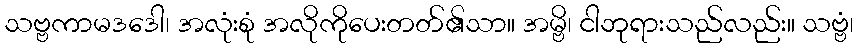
သဗ္ဗကာမဒဒေါ၊ အလုံးစုံ အလိုကိုပေးတတ်၏သာ။ အမ္ဗိ၊ ငါဘုရားသည်လည်း။ သဗ္ဗံ၊